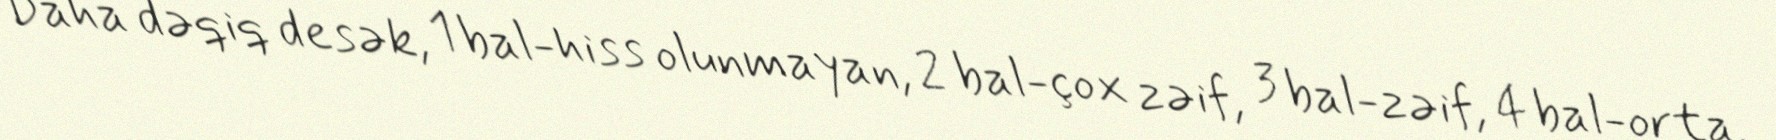
Daha dəqiq desək, 1 bal-hiss olunmayan, 2 bal-çox zəif, 3 bal-zəif, 4 bal-orta,